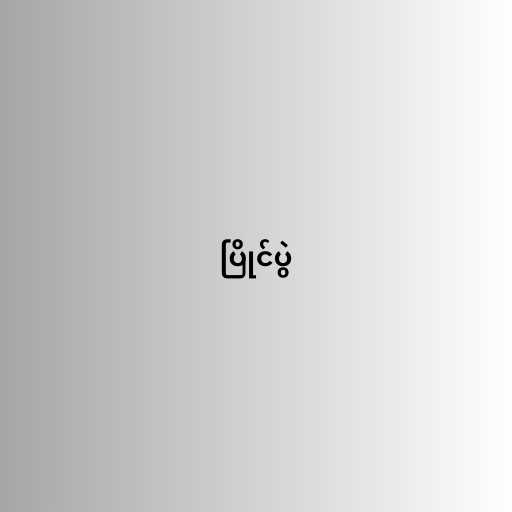
ပြိုင်ပွဲ